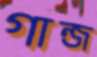
গান্জ